Report of the Imperial Institute of Veterinary Research, Muktesar
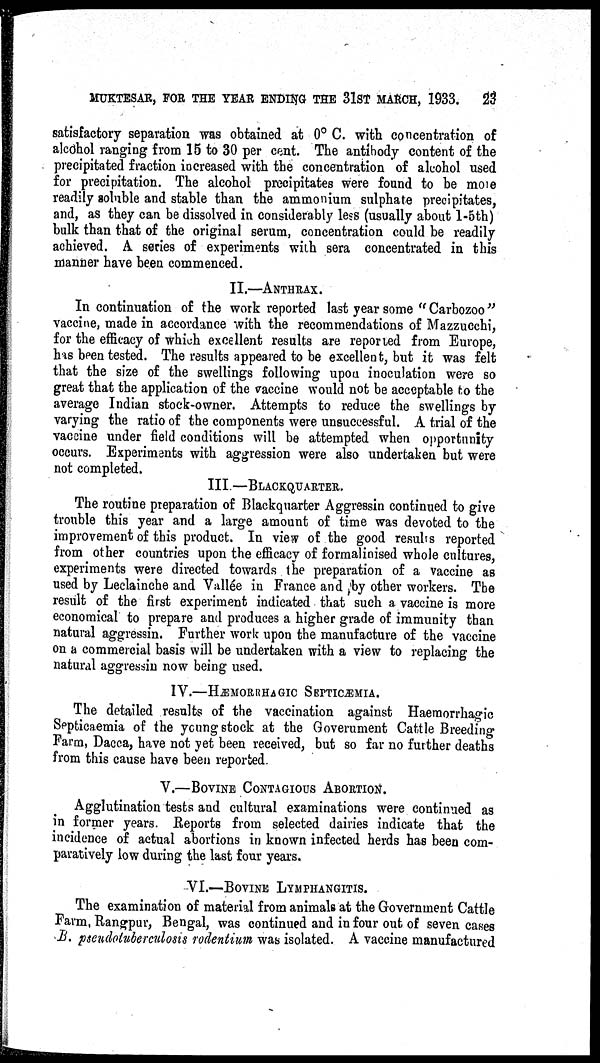
MUKTESAR, FOR THE YEAR ENDING THE 31ST MARCH, 1933.
23
satisfactory separation was obtained at 0° C. with concentration of
alcohol ranging from 15 to 30 per cent. The antibody content of the
precipitated fraction increased with the concentration of alcohol used
for precipitation. The alcohol precipitates were found to be more
readily soluble and stable than the ammonium sulphate precipitates,
and, as they can be dissolved in considerably less (usually about 1-5th)
bulk than that of the original serum, concentration could be readily
achieved. A series of experiments with sera concentrated in this
manner have been commenced.
II.—ANTHRAX.
In continuation of the work reported last year some " Carbozoo"
vaccine, made in accordance with the recommendations of Mazzucchi,
for the efficacy of which excellent results are reported from Europe,
has been tested. The results appeared to be excellent, but it was felt
that the size of the swellings following upon inoculation were so
great that the application of the vaccine would not be acceptable to the
average Indian stock-owner. Attempts to reduce the swellings by
varying the ratio of the components were unsuccessful. A trial of the
vaccine under field conditions will be attempted when opportunity
occurs. Experiments with aggression were also undertaken but were
not completed.
III—BLACKQUARTER.
The routine preparation of Blackquarter Aggressin continued to give
trouble this year and a large amount of time was devoted to the
improvement of this product. In view of the good results reported
from other countries upon the efficacy of formalinised whole cultures,
experiments were directed towards the preparation of a vaccine as
used by Leclainche and Vallée in France and by other workers. The
result of the first experiment indicated that such a vaccine is more
economical to prepare and produces a higher grade of immunity than
natural aggressin. Further work upon the manufacture of the vaccine
on a commercial basis will be undertaken with a view to replacing the
natural aggressin now being used.
IV.—HÆMORRHAGIC SEPTICÆMIA.
The detailed results of the vaccination against Haemorrhagic
Septicaemia of the young stock at the Goverument Cattle Breeding
Farm, Dacca, have not yet been received, but so far no further deaths
from this cause have been reported.
V.—BOVINE CONTAGIOUS ABORTION.
Agglutination tests and cultural examinations were continued as
in former years. Reports from selected dairies indicate that the
incidence of actual abortions in known infected herds has been com-
paratively low during the last four years.
VI.—BOVINE LYMPHANGITIS.
The examination of material from animals at the Government Cattle
Farm, Rangpur, Bengal, was continued and in four out of seven cases
B. pseudotuberculosis rodentium was isolated. A vaccine manufactured